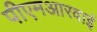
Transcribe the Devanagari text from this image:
पीएमआरवाई